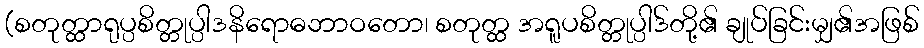
(စတုတ္ထာရုပ္ပစိတ္တုပ္ပါဒနိရောဓဘာဝတော၊ စတုတ္ထ အရူပစိတ္တုပ္ပါဒ်တို့၏ ချုပ်ခြင်းမျှ၏အဖြစ်